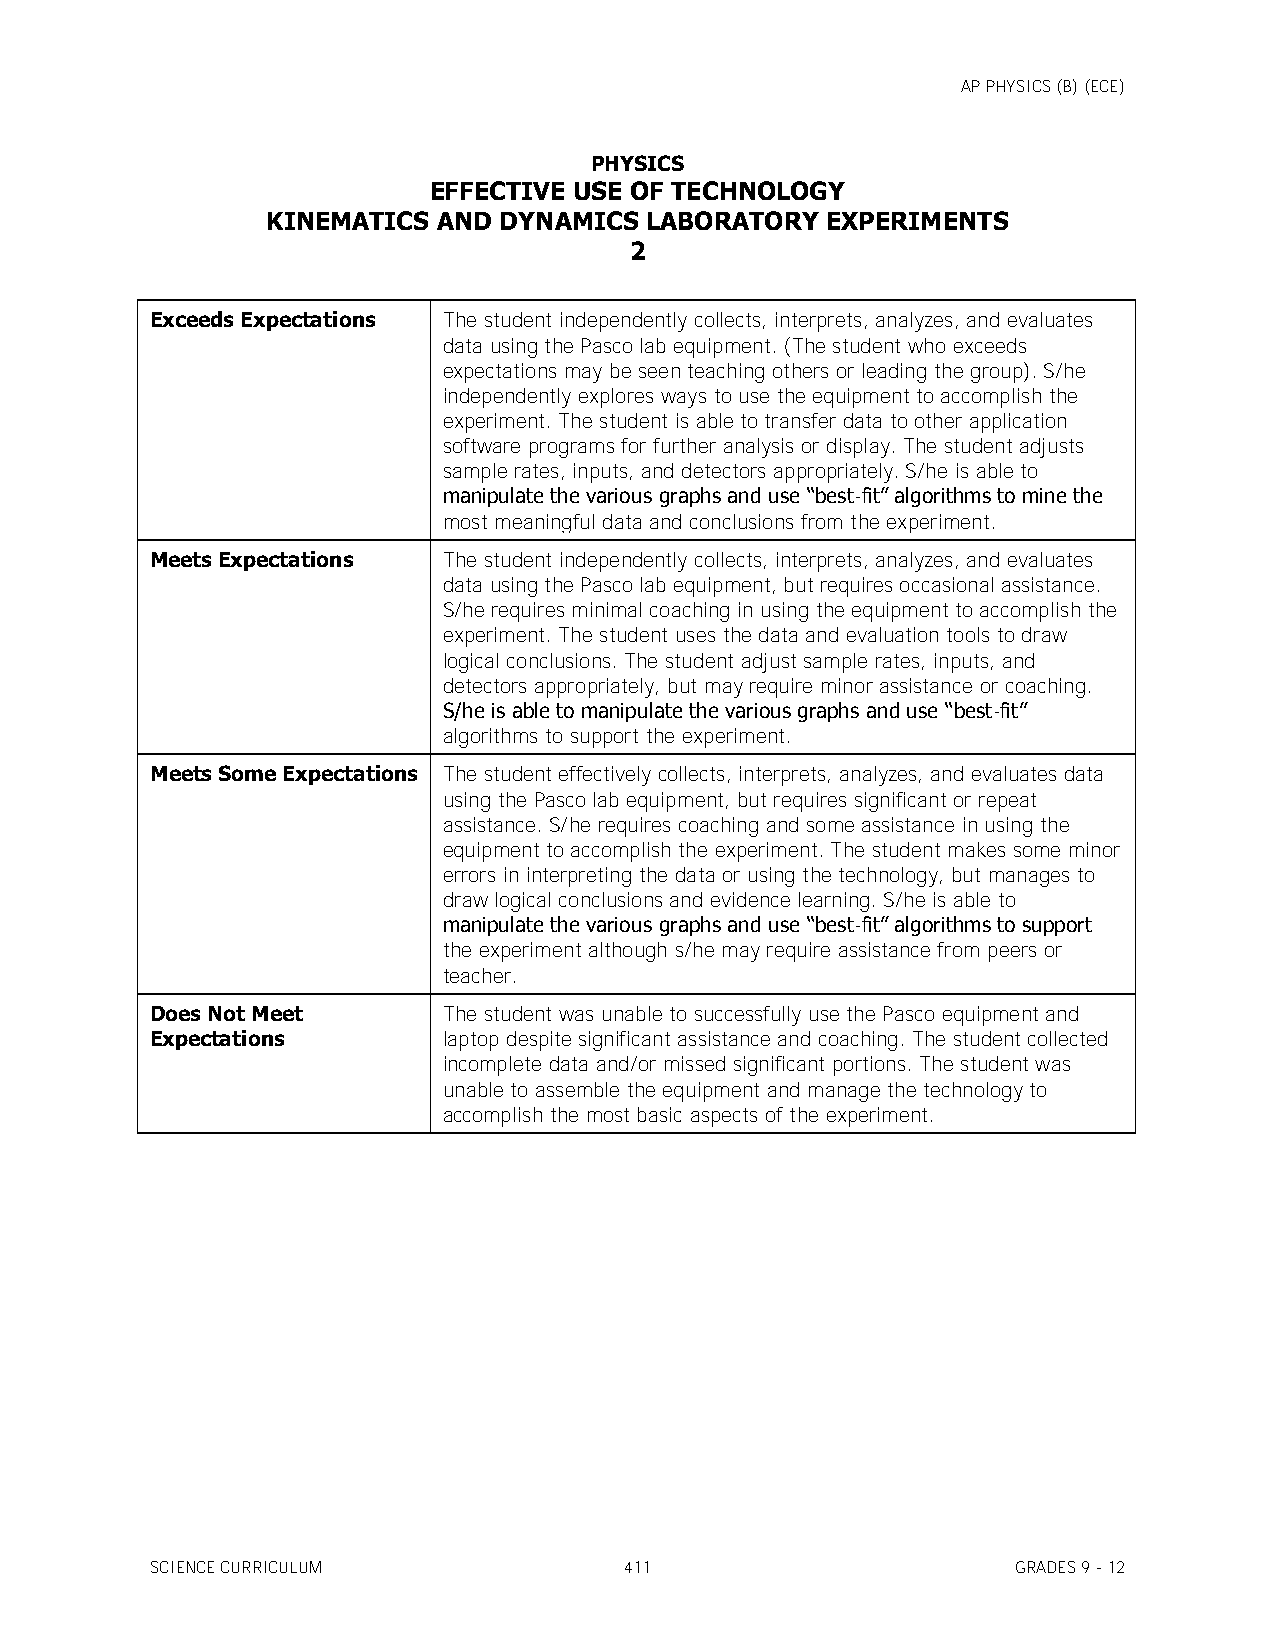
AP PHYSICS (B) (ECE)
 PHYSICS
 EFFECTIVE USE OF TECHNOLOGY
 KINEMATICS AND DYNAMICS  LABORATORY  EXPERIMENTS
 2
 Exceeds Expectations The student independently collects, interprets, analyzes, and evaluates
 data using the Pasco lab equipment. (The student who exceeds
 expectations may be seen teaching others or leading the group). S/he
 independently explores ways to use the equipment to accomplish the
 experiment. The student is able to transfer data to other application
 software programs for further analysis or display. The student adjusts
 sample rates, inputs, and detectors appropriately. S/he is able to
 manipulate the various graphs and use ―best-fit‖ algorithms to mine the
 most meaningful data and conclusions from the experiment.
 Meets Expectations The student independently collects, interprets, analyzes, and evaluates
 data using the Pasco lab equipment, but requires occasional assistance.
 S/he requires minimal coaching in using the equipment to accomplish the
 experiment. The student uses the data and evaluation tools to draw
 logical conclusions. The student adjust sample rates, inputs, and
 detectors appropriately, but may require minor assistance or coaching.
 S/he is able to manipulate the various graphs and use ―best-fit‖
 algorithms to support the experiment.
 Meets Some Expectations The student effectively collects, interprets, analyzes, and evaluates data
 using the Pasco lab equipment, but requires significant or repeat
 assistance. S/he requires coaching and some assistance in using the
 equipment to accomplish the experiment. The student makes some minor
 errors in interpreting the data or using the technology, but manages to
 draw logical conclusions and evidence learning. S/he is able to
 manipulate the various graphs and use ―best-fit‖ algorithms to support
 the experiment although s/he may require assistance from peers or
 teacher.
 Does Not Meet      The student was unable to successfully use the Pasco equipment and
 Expectations       laptop despite significant assistance and coaching. The student collected
 incomplete data and/or missed significant portions. The student was
 unable to assemble the equipment and manage the technology to
 accomplish the most basic aspects of the experiment.
 SCIENCE CURRICULUM             411                       GRADES 9 - 12